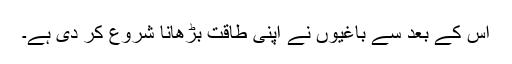
اس کے بعد سے باغیوں نے اپنی طاقت بڑھانا شروع کر دی ہے۔